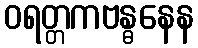
ဝရတ္တကဗန္ဓနေန